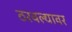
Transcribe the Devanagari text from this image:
ठरवल्यावर